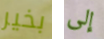
بخير إلى